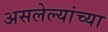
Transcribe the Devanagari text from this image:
असलेल्यांच्या